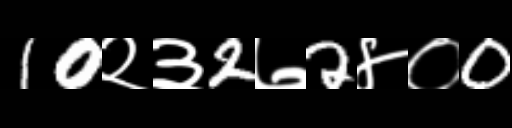
Text: 10२३2७2४०0